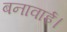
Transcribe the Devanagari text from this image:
बनावाई।